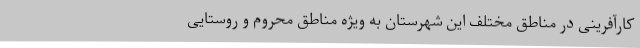
کارآفرینی در مناطق مختلف این شهرستان به ویژه مناطق محروم و روستایی